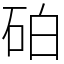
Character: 砶